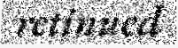
retinued